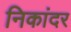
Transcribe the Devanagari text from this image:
निकांदर